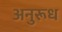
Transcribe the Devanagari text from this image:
अनुरूध